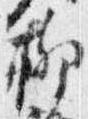
柳